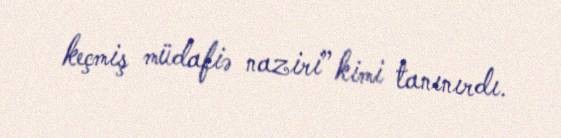
keçmiş müdafiə naziri” kimi tanınırdı.